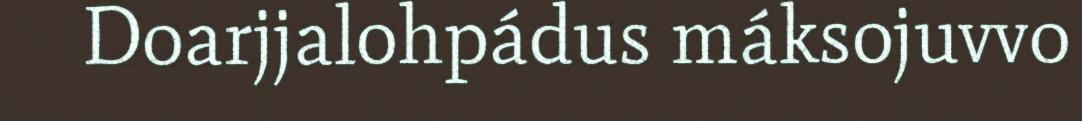
Doarjjalohpádus máksojuvvo